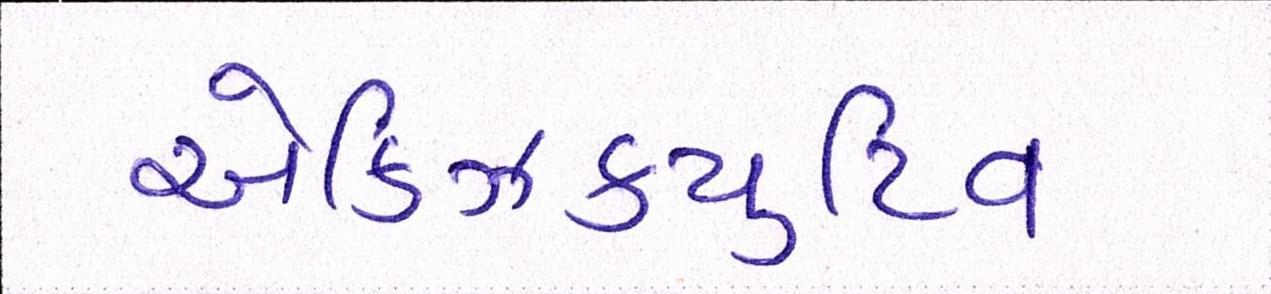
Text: એક્ઝિક્યુટિવ